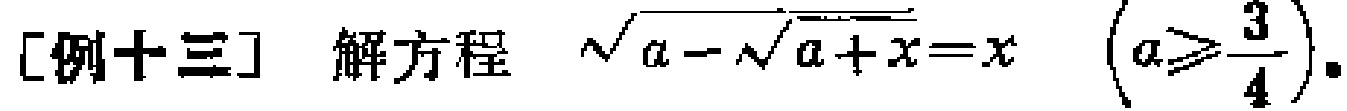
[例十三] 解方程 $\sqrt{a - \sqrt{a + x}} = x$  $\left(a\geqslant\frac{3}{4}\right)$。